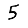
Digit: 5